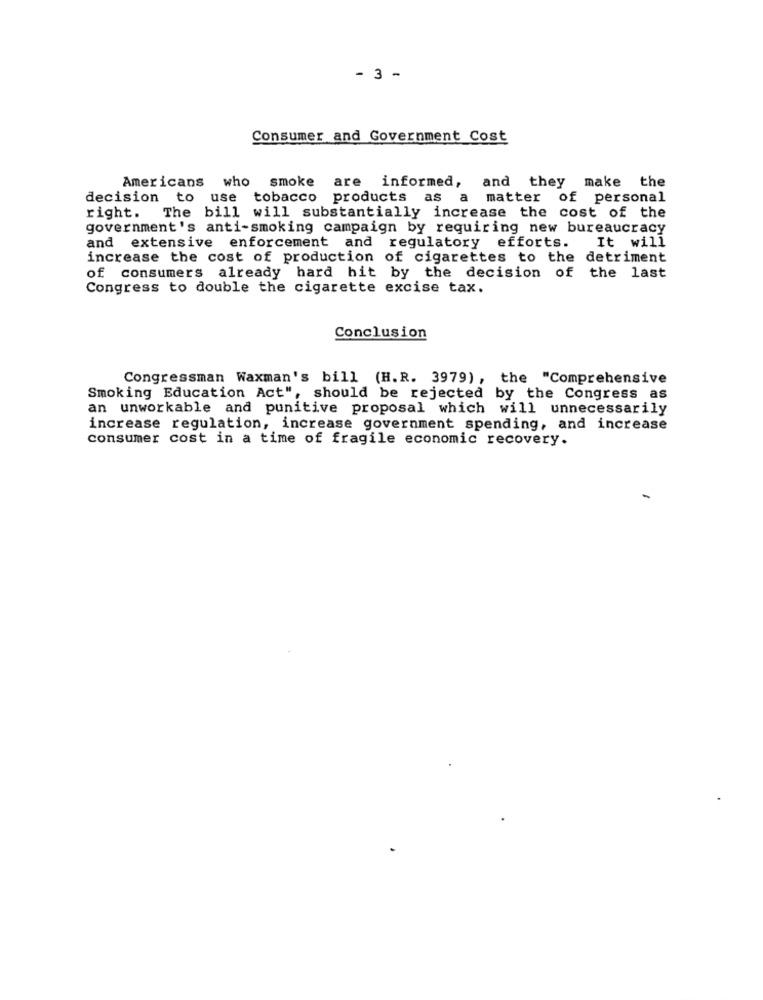
- 3 -
Consumer and Government Cost
Americans who smoke are
informed, and they make the
decision to use tobacco products as a matter of personal
right. The bill will substantially increase the cost of the
government's anti-smoking campaign by requiring new bureaucracy
and extensive enforcement and regulatory efforts.
It will
increase the cost of production of cigarettes to the detriment
of consumers already hard hit by the decision of the last
Congress to double the cigarette excise tax.
Conclusion
Congressman Waxman's bill (H.R. 3979), the "Comprehensive
Smoking Education Act", should be rejected by the Congress as
an unworkable and punitive proposal which will unnecessarily
increase regulation, increase government spending, and increase
consumer cost in a time of fragile economic recovery.